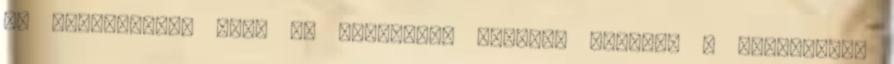
az autósoknak, akik az iskolába, ovodába hordják a srácaikat.